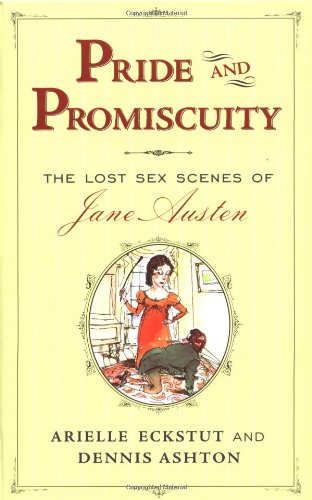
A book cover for Pride and Promiscuity : The Lost Sex Scenes of Jane Austen [Parody]; Arielle Eckstut; Romance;